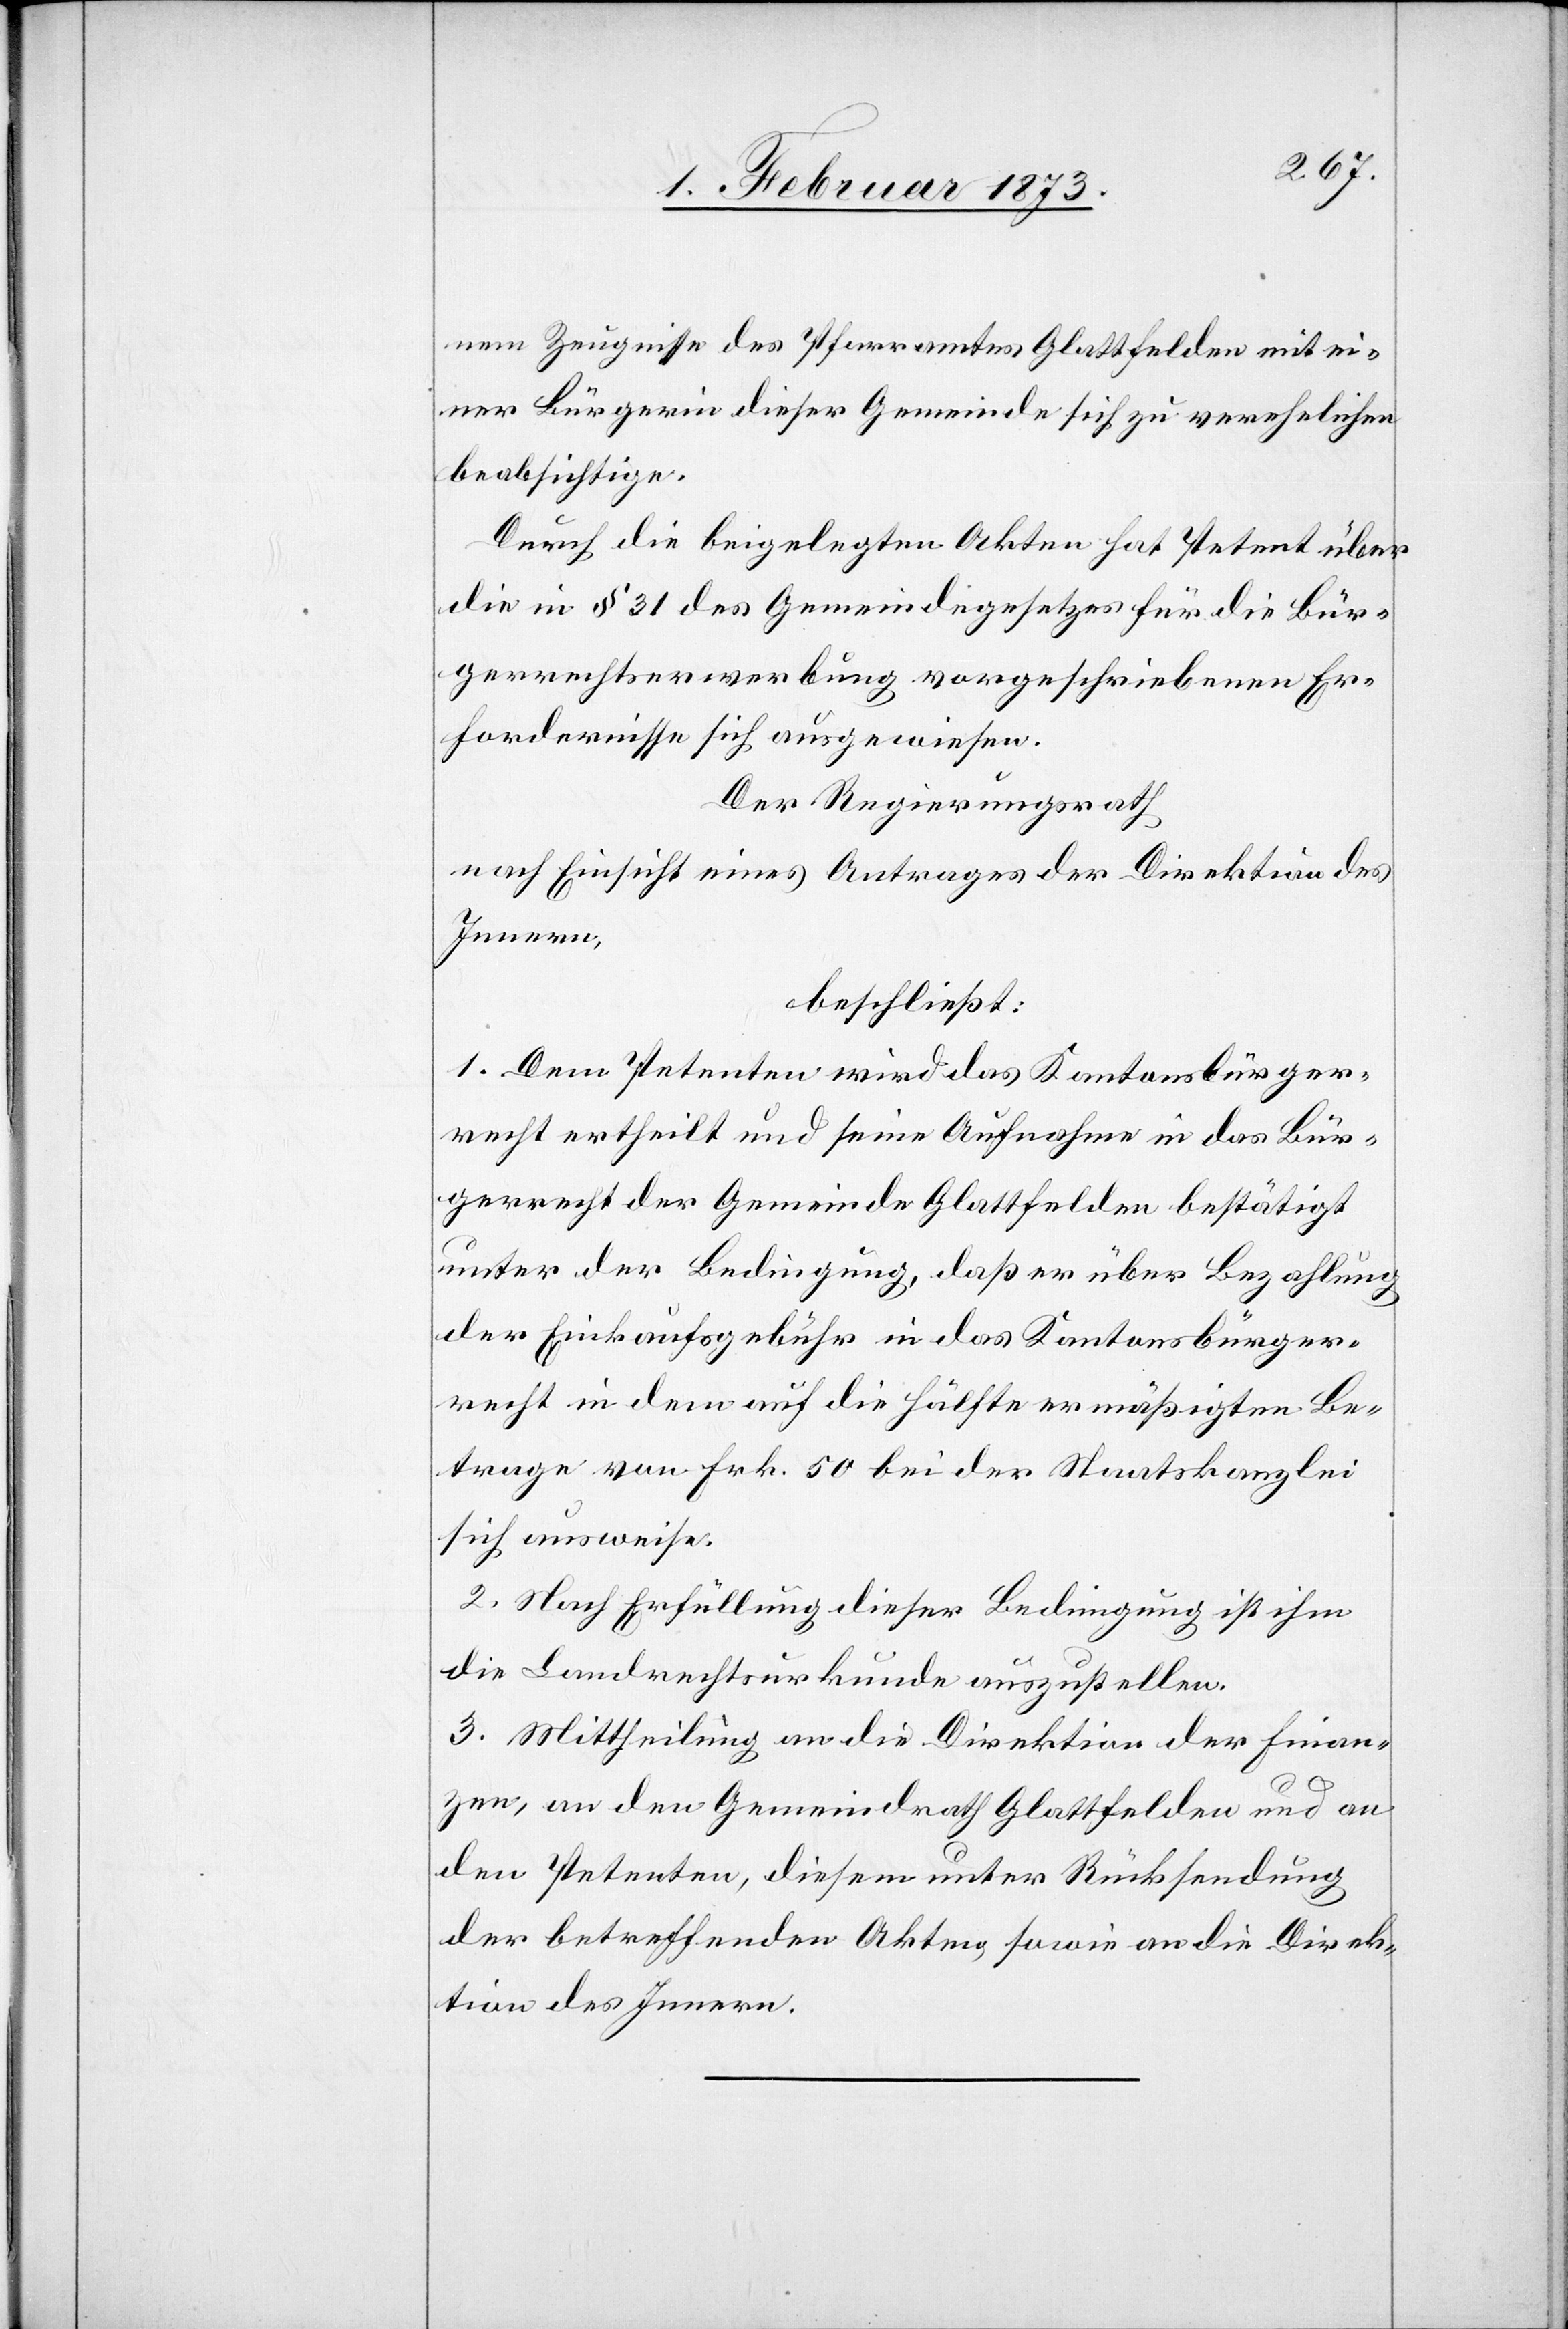
nem Zeugnisse des Pfarramtes Glattfelden mit ei¬
ner Bürgerin dieser Gemeinde sich zu verehelichen
beabsichtige.
Durch die beigelegten Akten hat Petent über
die in § 31 des Gemeindegesetzes für die Bür¬
gerrechtserwerbung vorgeschriebenen Er¬
fordernisse sich ausgewiesen.
Der Regierungsrath,
nach Einsicht eines Antrages der Direktion des
Innern,
beschließt:
1. Dem Petenten wird das Kantonsbürger¬
recht ertheilt und seine Aufnahme in das Bür¬
gerrecht der Gemeinde Glattfelden bestätigt
unter der Bedingung, daß er über Bezahlung
der Einkaufsgebühr in das Kantonsbürger¬
recht in dem auf die Hälfte ermäßigten Be¬
trage von Frk. 50 bei der Staatskanzlei
sich ausweise.
2. Nach Erfüllung dieser Bedingung ist ihm
die Landrechtsurkunde auszustellen.
3. Mittheilung an die Direktion der Finan¬
zen, an den Gemeindrath Glattfelden und an
den Petenten, diesem unter Rücksendung
der betreffenden Akten, sowie an die Direk¬
tion des Innern.